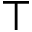
\top